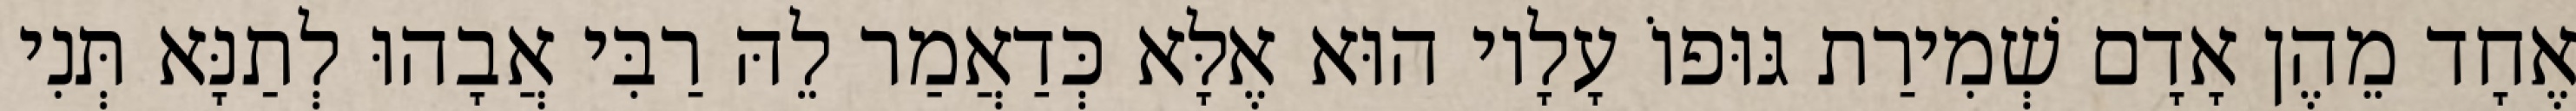
אֶחָד מֵהֶן אָדָם שְׁמִירַת גּוּפוֹ עָלָיו הוּא אֶלָּא כְּדַאֲמַר לֵהּ רַבִּי אֲבָהוּ לְתַנָּא תְּנִי